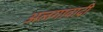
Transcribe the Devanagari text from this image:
अलगावादी